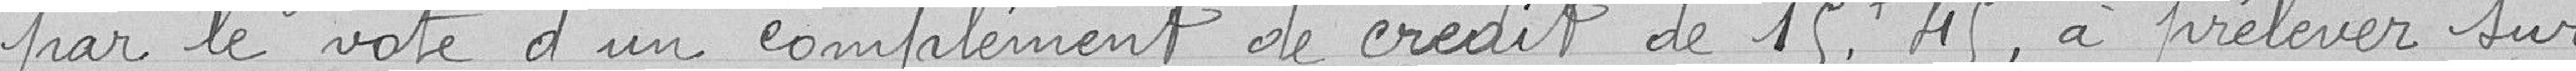
2. par le vote d'un complément de crédit de 15,45 francs, à prélever sur